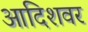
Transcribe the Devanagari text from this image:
आदिशवर